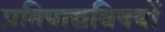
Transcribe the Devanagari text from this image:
प्रतिपाद्यविषयों